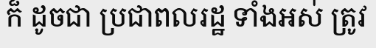
ក៏ ដូចជា ប្រជាពលរដ្ឋ ទាំងអស់ ត្រូវ